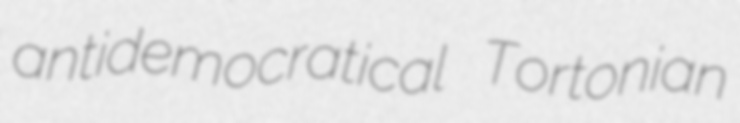
antidemocratical Tortonian